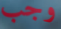
وجب